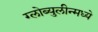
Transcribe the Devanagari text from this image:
ग्लोब्युलीन्मध्ये